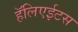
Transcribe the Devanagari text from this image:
हॅलिएईटस